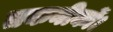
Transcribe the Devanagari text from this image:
तकनीकों।